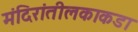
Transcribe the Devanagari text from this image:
मंदिरांतीलकाकडा